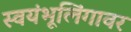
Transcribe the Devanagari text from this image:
स्वयंभूलिंगावर